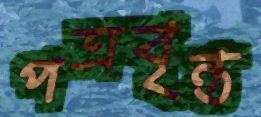
পত্রবৃন্ত